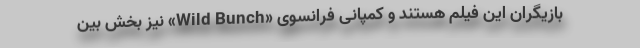
بازیگران این فیلم هستند و کمپانی فرانسوی «Wild Bunch» نیز بخش بین